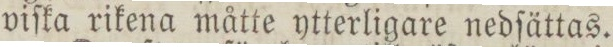
viſka rikena måtte ytterligare nedſättas.